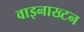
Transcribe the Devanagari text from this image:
वाइनाख्टन